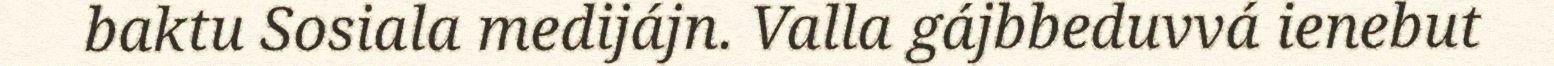
baktu Sosiala medijájn. Valla gájbbeduvvá ienebut